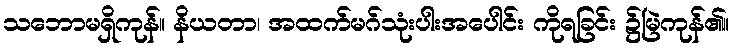
သဘောမရှိကုန်။ နိယတာ၊ အထက်မဂ်သုံးပါးအပေါင်း ကိုရခြင်း ၌မြဲကုန်၏။